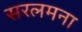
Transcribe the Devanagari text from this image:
सरलमना